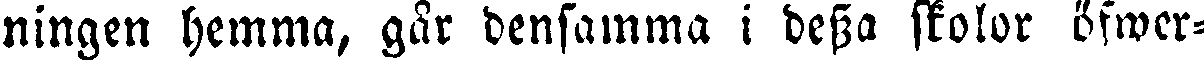
ningen hemma, går densamma i dessa skolor öfwer-